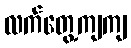
လက်တွေ့ကျကျ